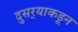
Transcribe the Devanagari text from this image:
दुसर्‍याकडून